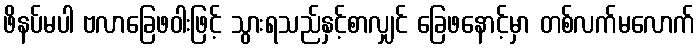
ဖိနပ်မပါ ဗလာခြေဖဝါးဖြင့် သွားရသည်နှင့်စာလျှင် ခြေဖနောင့်မှာ တစ်လက်မလောက်